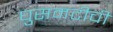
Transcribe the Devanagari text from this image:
घुसमटीची